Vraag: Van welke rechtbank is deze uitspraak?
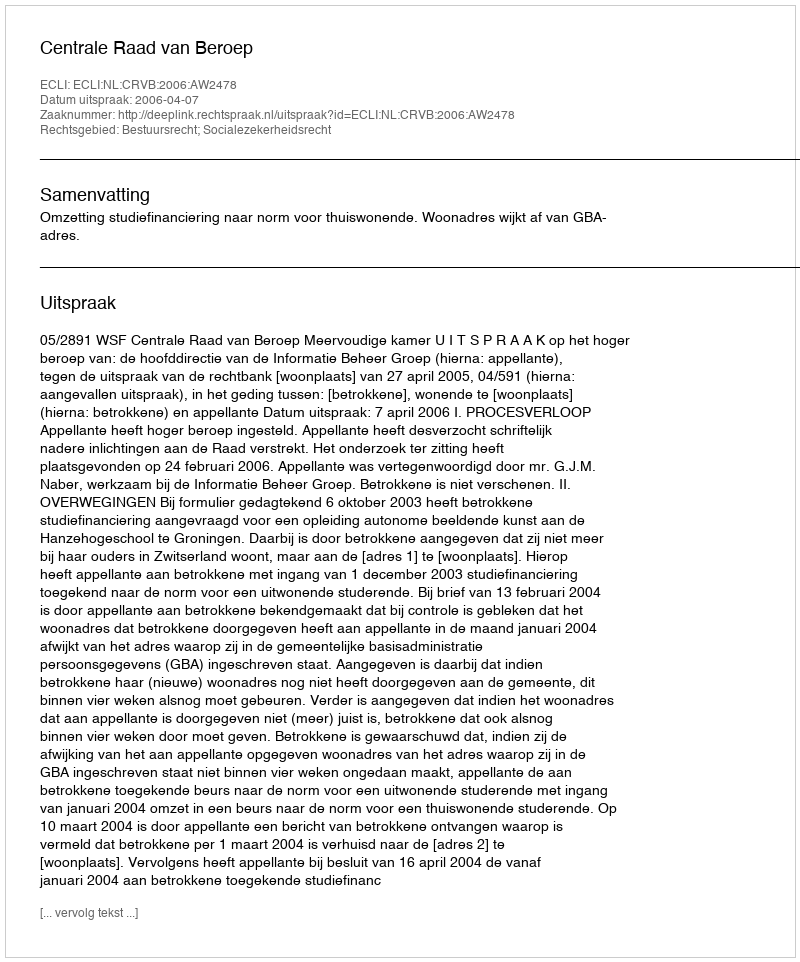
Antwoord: Centrale Raad van Beroep